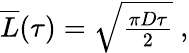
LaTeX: \begin{array}{r}{\overline{{L}}(\tau)=\sqrt{\frac{\pi D\tau}{2}}\ ,}\end{array}